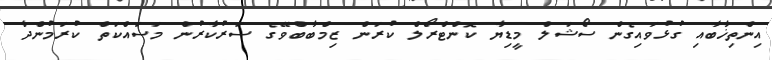
އިންތިޚާބާއި ގުޅުވައިގެން ސޯޝަލް މީޑިޔާ ކޮންޓްރޯލް ކުރަން ޒިމްބާބްވޭގެ ސަރުކާރުން މަސައްކަތް ކުރަމުންދާ